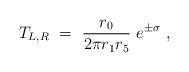
LaTeX: \begin{align*}T_{L,R}~=~\frac{r_0}{2\pi r_1 r_5}~e^{\pm \sigma}~,\end{align*}